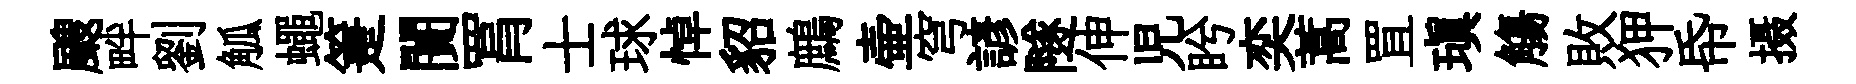
颼畔劉觚蠅箑闠罥士球悼貂鷓壷穹諺隧伸児盻奕蒿罝瑱觴敗狎帋摄